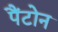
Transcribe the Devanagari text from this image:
पैंटोन